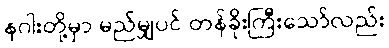
နဂါးတို့မှာ မည်မျှပင် တန်ခိုးကြီးသော်လည်း